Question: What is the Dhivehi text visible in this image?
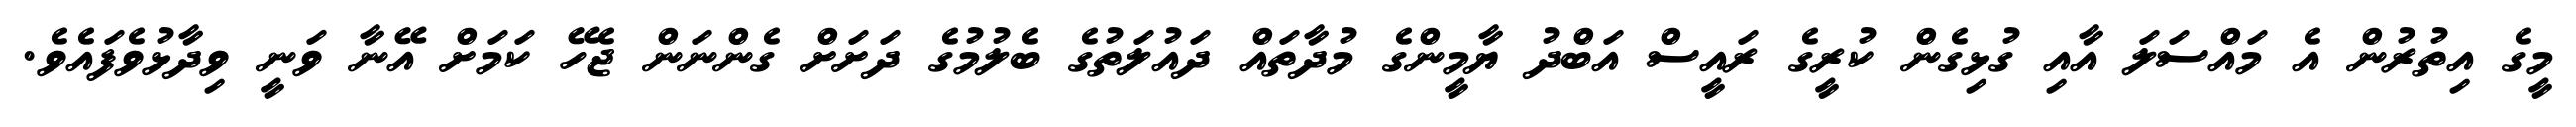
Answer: މީގެ އިތުރުން އެ މައްސަލަ އާއި ގުޅިގެން ކުރީގެ ރައީސް އަބްދު ޔާމީންގެ މުދާތައް ދައުލަތުގެ ބެލުމުގެ ދަށަށް ގެންނަން ޖެހޭ ކަމަށް އޭނާ ވަނީ ވިދާޅުވެފައެވެ.